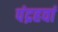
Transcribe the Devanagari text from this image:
पंद्रहवां